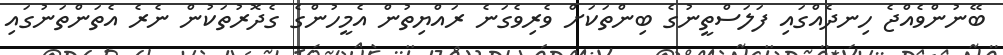
ބޭނުންވެއްޖެ ހިނދެއްގައި ފަލަސްތީނުގެ ބިންތަކަށް ވެރިވެގަނެ ރައްޔިތުން އެމީހުންގެ ގެދޮރުތަކުން ނެރެ އެތަންތަނުގައި